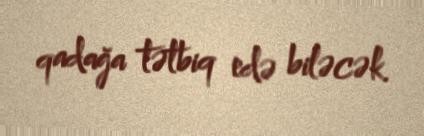
qadağa tətbiq edə biləcək.